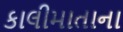
કાલીમાતાના